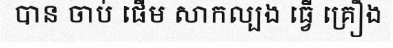
បាន ចាប់ ផើម សាកល្បង ធ្វើ គ្រឿង